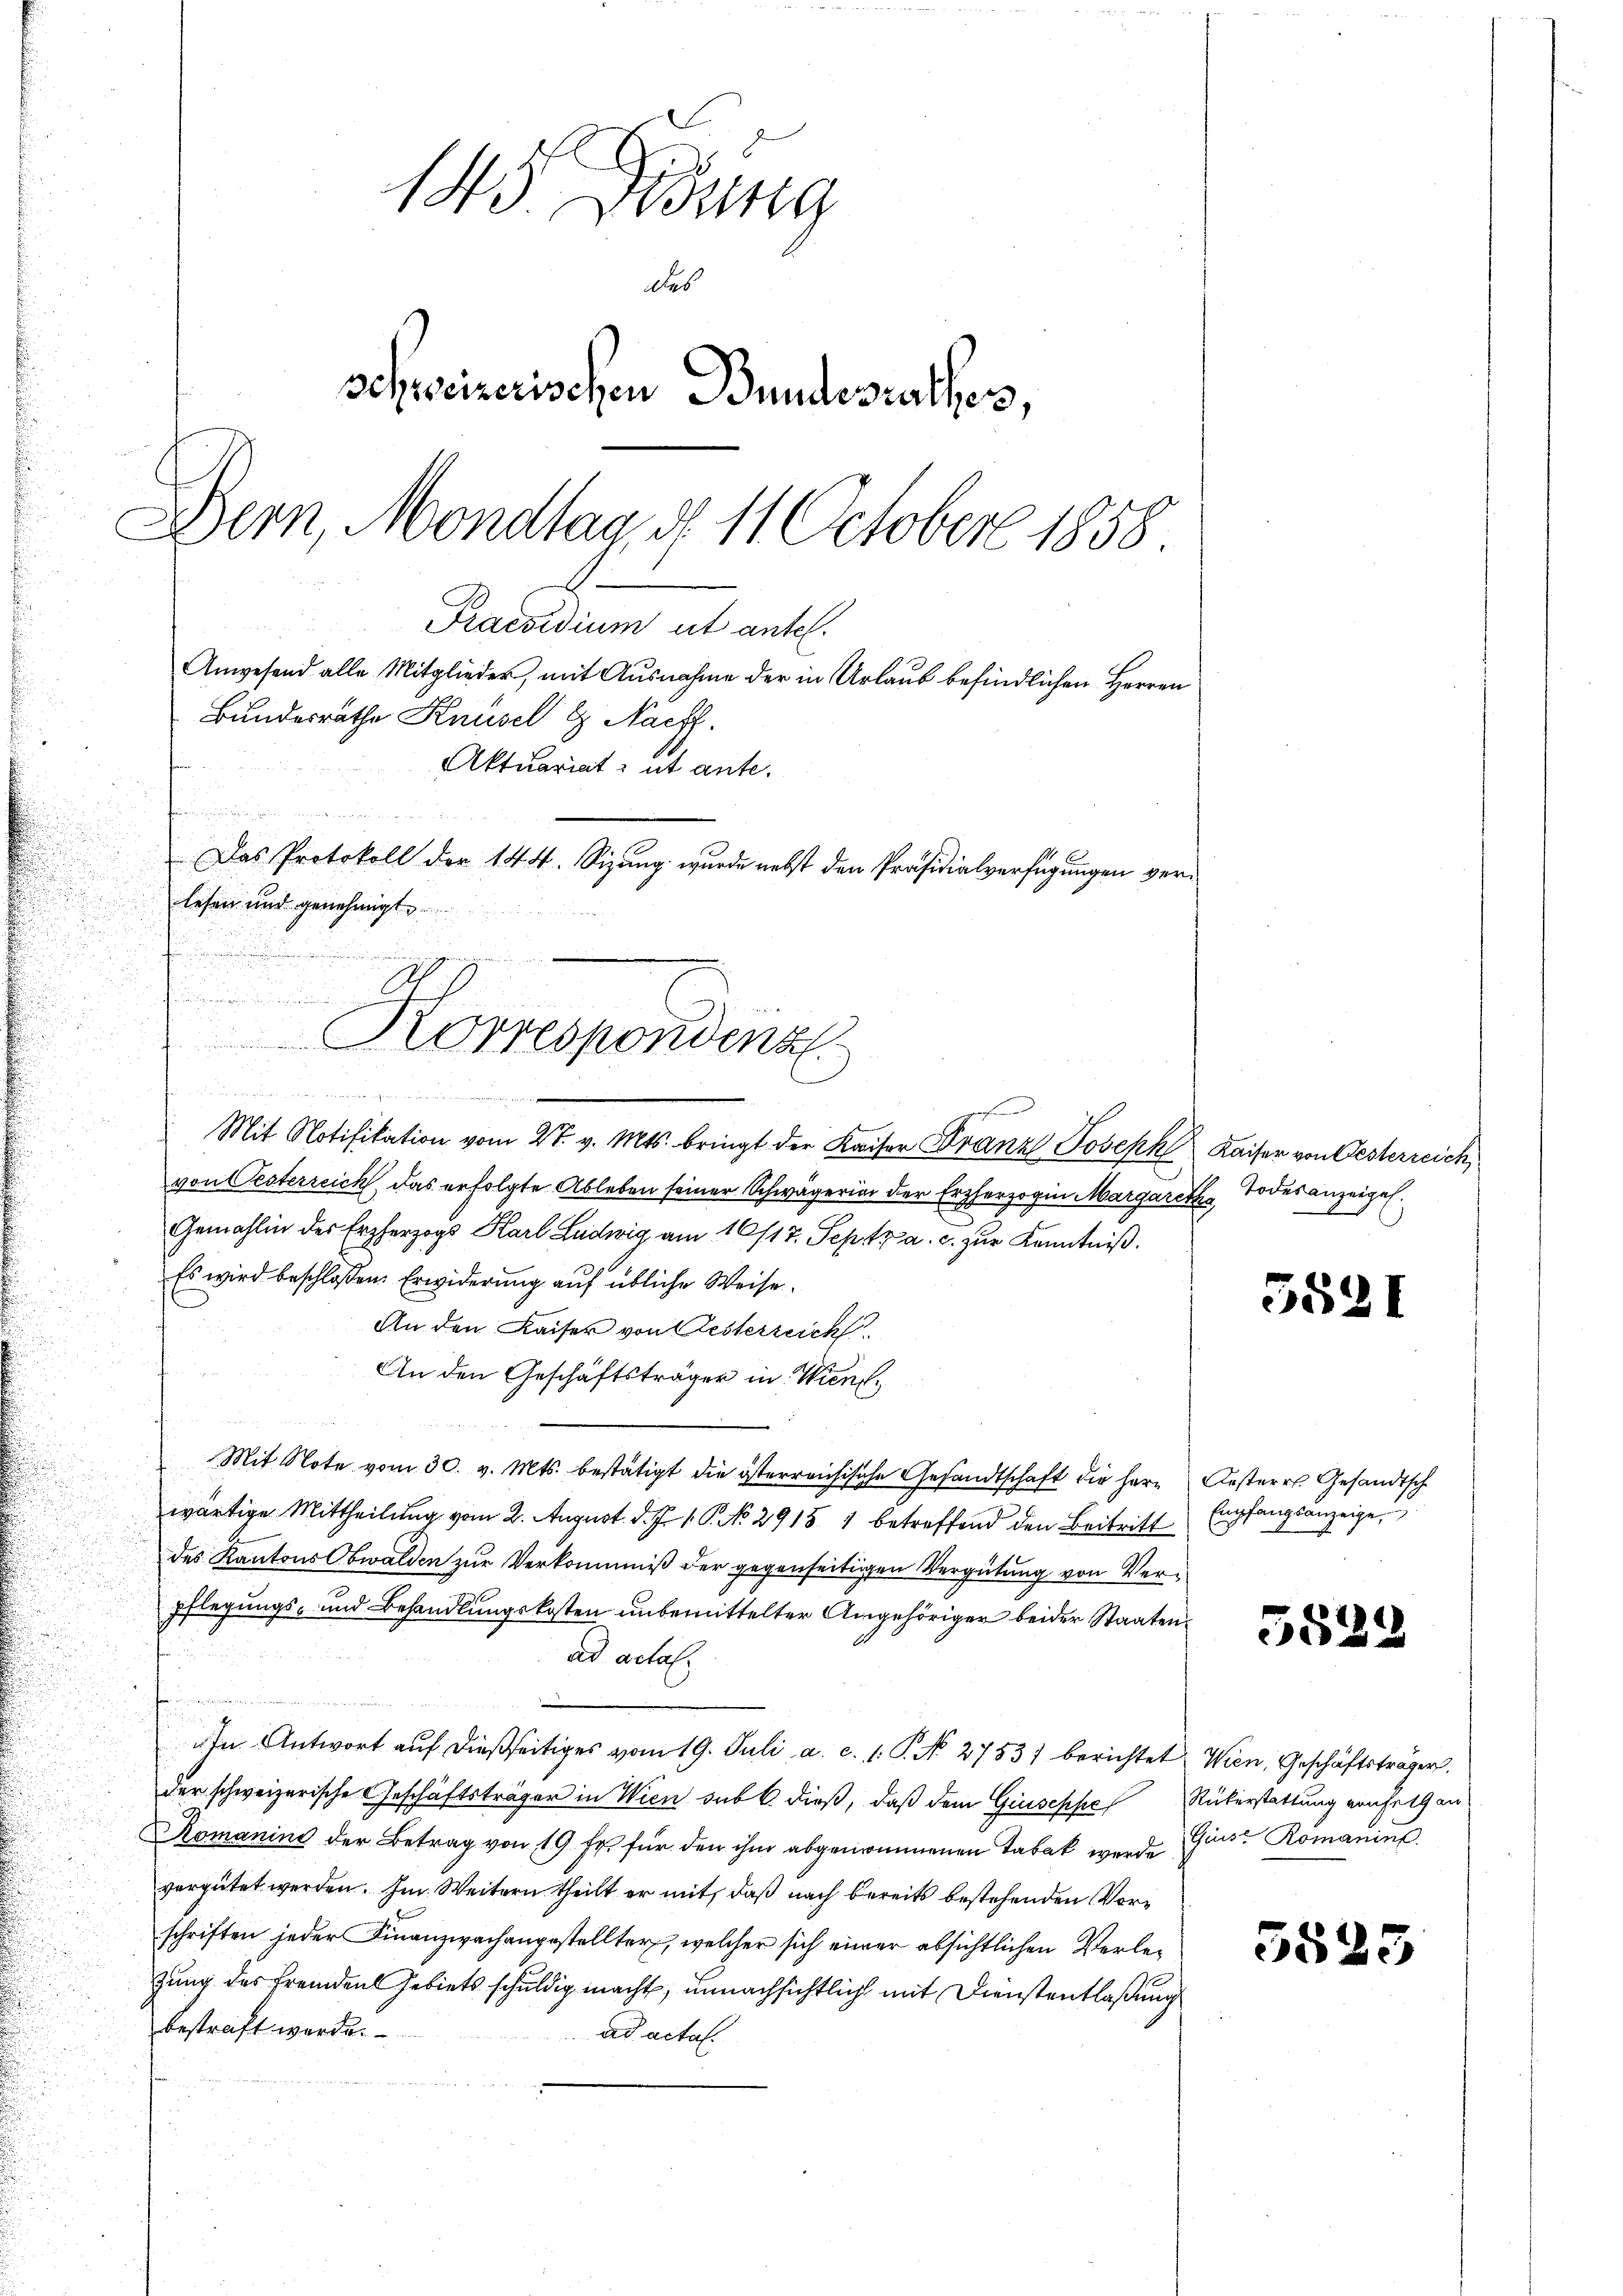
.

145. Dedung
des
schweizerischen Bundesrathess,
Bern, Mondlag, d. 11. October 1858.
Praesidium ut antel.
Anwesend alle Mitglieder, mit Ausnahme der in Urlaub befindlichen Herren
Bundesrathe Knüsel & Nachf
Aktuariat : ut antet

Das Protokoll der 144. Sizung wurde nebst den Präsidialverfügungen verlesen und genehmigt

Korrespondenz

Mit Notifikation vom 27. v. Mts. bringt der Kaiser Franz Joseph Kaiser von Oesterreich,
von Oesterreich, das erfolgte Ableben seiner Schwägerier der Erzherzogin Margareth, Todesanzeigel.
Gemahlin der Erzherzogs Harl Ludwig am 16/17. Septz a. c. zur Kenntniß.
Es wird beschlossen: Erwiderung auf übliche Weise
An den Kaiser von Oesterreich
An den Geschäftsträger in Wien.
Mit Note vom 30. v. Mts. bestätigt die österreichische Gesandtschaft die Herr Oesterr. Gesandtsch
wärtige Mittheilung vom 2. August d. J. 1. P. No 2915 1 betreffend den Beitritt
des Kantons Obwalden zur Verkommniß der gegenseitigen Vergütung von Verpflegungs- und Behandlungskosten unbemittelter Angehöriger beider Staatenad actal.
In Antwort aŭf dießseitiges vom 19. Juli a. c. 1. P. N. 27531 berichtet, Wien, Geschäftsträgers.
der schweizerische Geschäftsträger in Wien sub 6. dieß, daß dem Giuseppe Rükerstattung von Fett an
Romanina der Betrag von 19 fr. für den ihm abgenommenen Tabak werde Gunst Romanins
vergütet werden. Im Weitern theilt er mit, daß nach bereits bestehenden Vorschriften jeder Finanzwachengestellter, welcher sich einer absichtlichen Verlezung des Fremden Gebiets schuldig macht, unnachsichtlich mit Dienstentlaßung
bestraft werde.
ad acta.

wie in den sich die in

5521

Empfangsanzeige

58.

55.

.

3